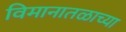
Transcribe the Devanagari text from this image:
विमानातळाच्या